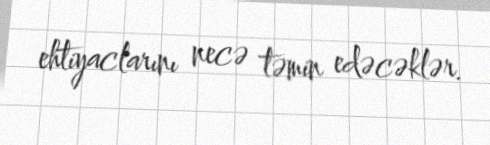
ehtiyaclarını necə təmin edəcəklər.